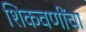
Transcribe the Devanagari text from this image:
शिकवणींचा